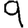
Digit: 9